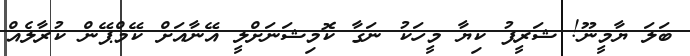
ބަލަ ޔާމީނޫ! ޝަރީފު ކިޔާ މީހަކު ނަގާ ކޮމިޝަނަށްލީ އޭނާއަށް ކޭމްޕޭން ކުރާލެއް